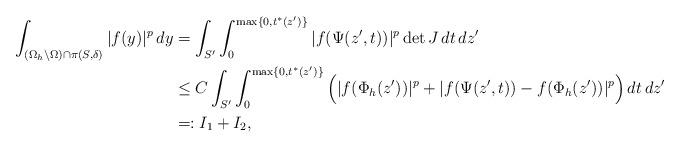
LaTeX: \begin{align*}\int_{(\Omega_h\setminus\Omega) \cap \pi(S,\delta)} |f(y)|^p\,dy &= \int_{S'} \int_0^{\max\{0, t^*(z')\}} |f(\Psi(z', t))|^p \operatorname{det} J \, dt \, dz' \\&\le C \int_{S'} \int_0^{\max\{0, t^*(z')\}} \Big( |f(\Phi_h(z'))|^p + |f(\Psi(z', t)) - f(\Phi_h(z'))|^p \Big) \, dt \, dz' \\&=: I_1 + I_2,\end{align*}